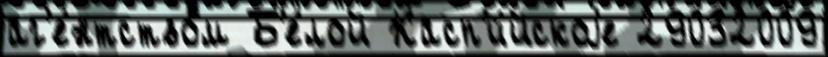
аг'е́нтством Б'е́лой Касп'и́йскоjе 29032009